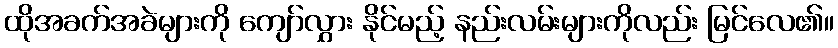
ထိုအခက်အခဲများကို ကျော်လွှား နိုင်မည့် နည်းလမ်းများကိုလည်း မြင်လေ၏။